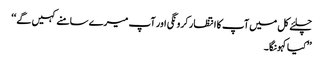
چلئے کل میں آپ کا انتظار کرونگی اور آپ میرے سامنے کہیں گے ‘‘
’’کیا کہونگا۔